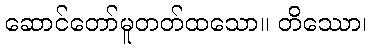
ဆောင်တော်မူတတ်ထသော။ တိဿော၊